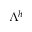
\Lambda ^ { h }